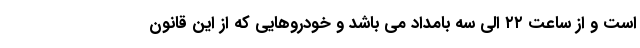
است و از ساعت ۲۲ الی سه بامداد می باشد و خودروهایی که از این قانون